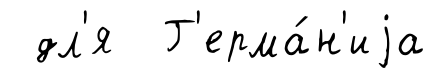
дл'я Г'ерма́н'иjа